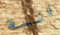
انسة